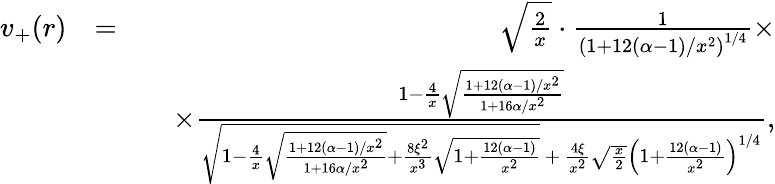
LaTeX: \begin{array}{rlr}{v_{+}(r)}&{=}&{\sqrt{\frac{2}{x}}\cdot\frac{1}{\left(1+12(\alpha-1)/x^{2}\right)^{1/4}}\times}\\ &{}&{\quad\times\frac{1-\frac{4}{x}\sqrt{\frac{1+12(\alpha-1)/x^{2}}{1+16\alpha/x^{2}}}}{\sqrt{1-\frac{4}{x}\sqrt{\frac{1+12(\alpha-1)/x^{2}}{1+16\alpha/x^{2}}}+\frac{8\xi^{2}}{x^{3}}\sqrt{1+\frac{12(\alpha-1)}{x^{2}}}}\, +\, \frac{4\xi}{x^{2}}\sqrt{\frac{x}{2}}\left(1+\frac{12(\alpha-1)}{x^{2}}\right)^{1/4}},}\end{array}